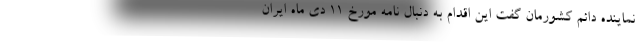
نماینده دائم کشورمان گفت این اقدام به دنبال نامه مورخ ۱۱ دی ماه ایران